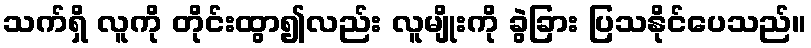
သက်ရှိ လူကို တိုင်းထွာ၍လည်း လူမျိုးကို ခွဲခြား ပြသနိုင်ပေသည်။